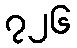
၇၂၆